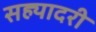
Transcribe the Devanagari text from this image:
सह्यादरी